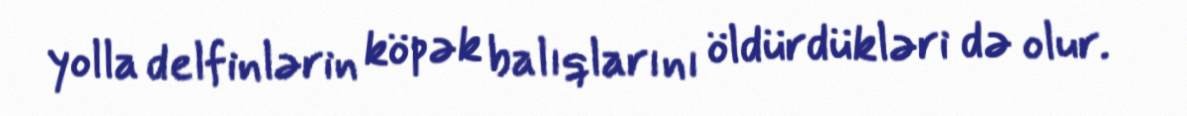
yolla delfinlərin köpək balıqlarını öldürdükləri də olur.